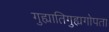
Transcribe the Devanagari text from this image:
गुह्यातिगुह्यगोपता